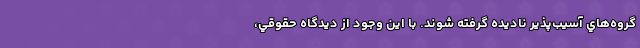
گروه‌هاي آسيب‌پذير ناديده گرفته شوند. با اين وجود از ديدگاه حقوقي،